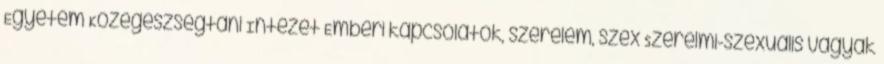
Egyetem Közegészségtani Intézet Emberi kapcsolatok, szerelem, szex Szerelmi-szexuális vágyak